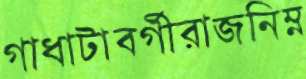
গাধাটাবর্গীরাজনিম্ন